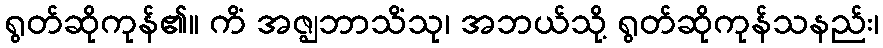
ရွတ်ဆိုကုန်၏။ ကိံ အဇ္ဈဘာသိံသု၊ အဘယ်သို့ ရွတ်ဆိုကုန်သနည်း၊